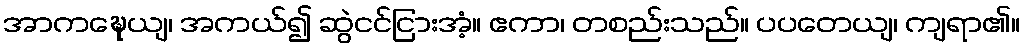
အာကဍ္ဎေယျ၊ အကယ်၍ ဆွဲငင်ငြားအံ့။ ဧကာ၊ တစည်းသည်။ ပပတေယျ၊ ကျရာ၏။